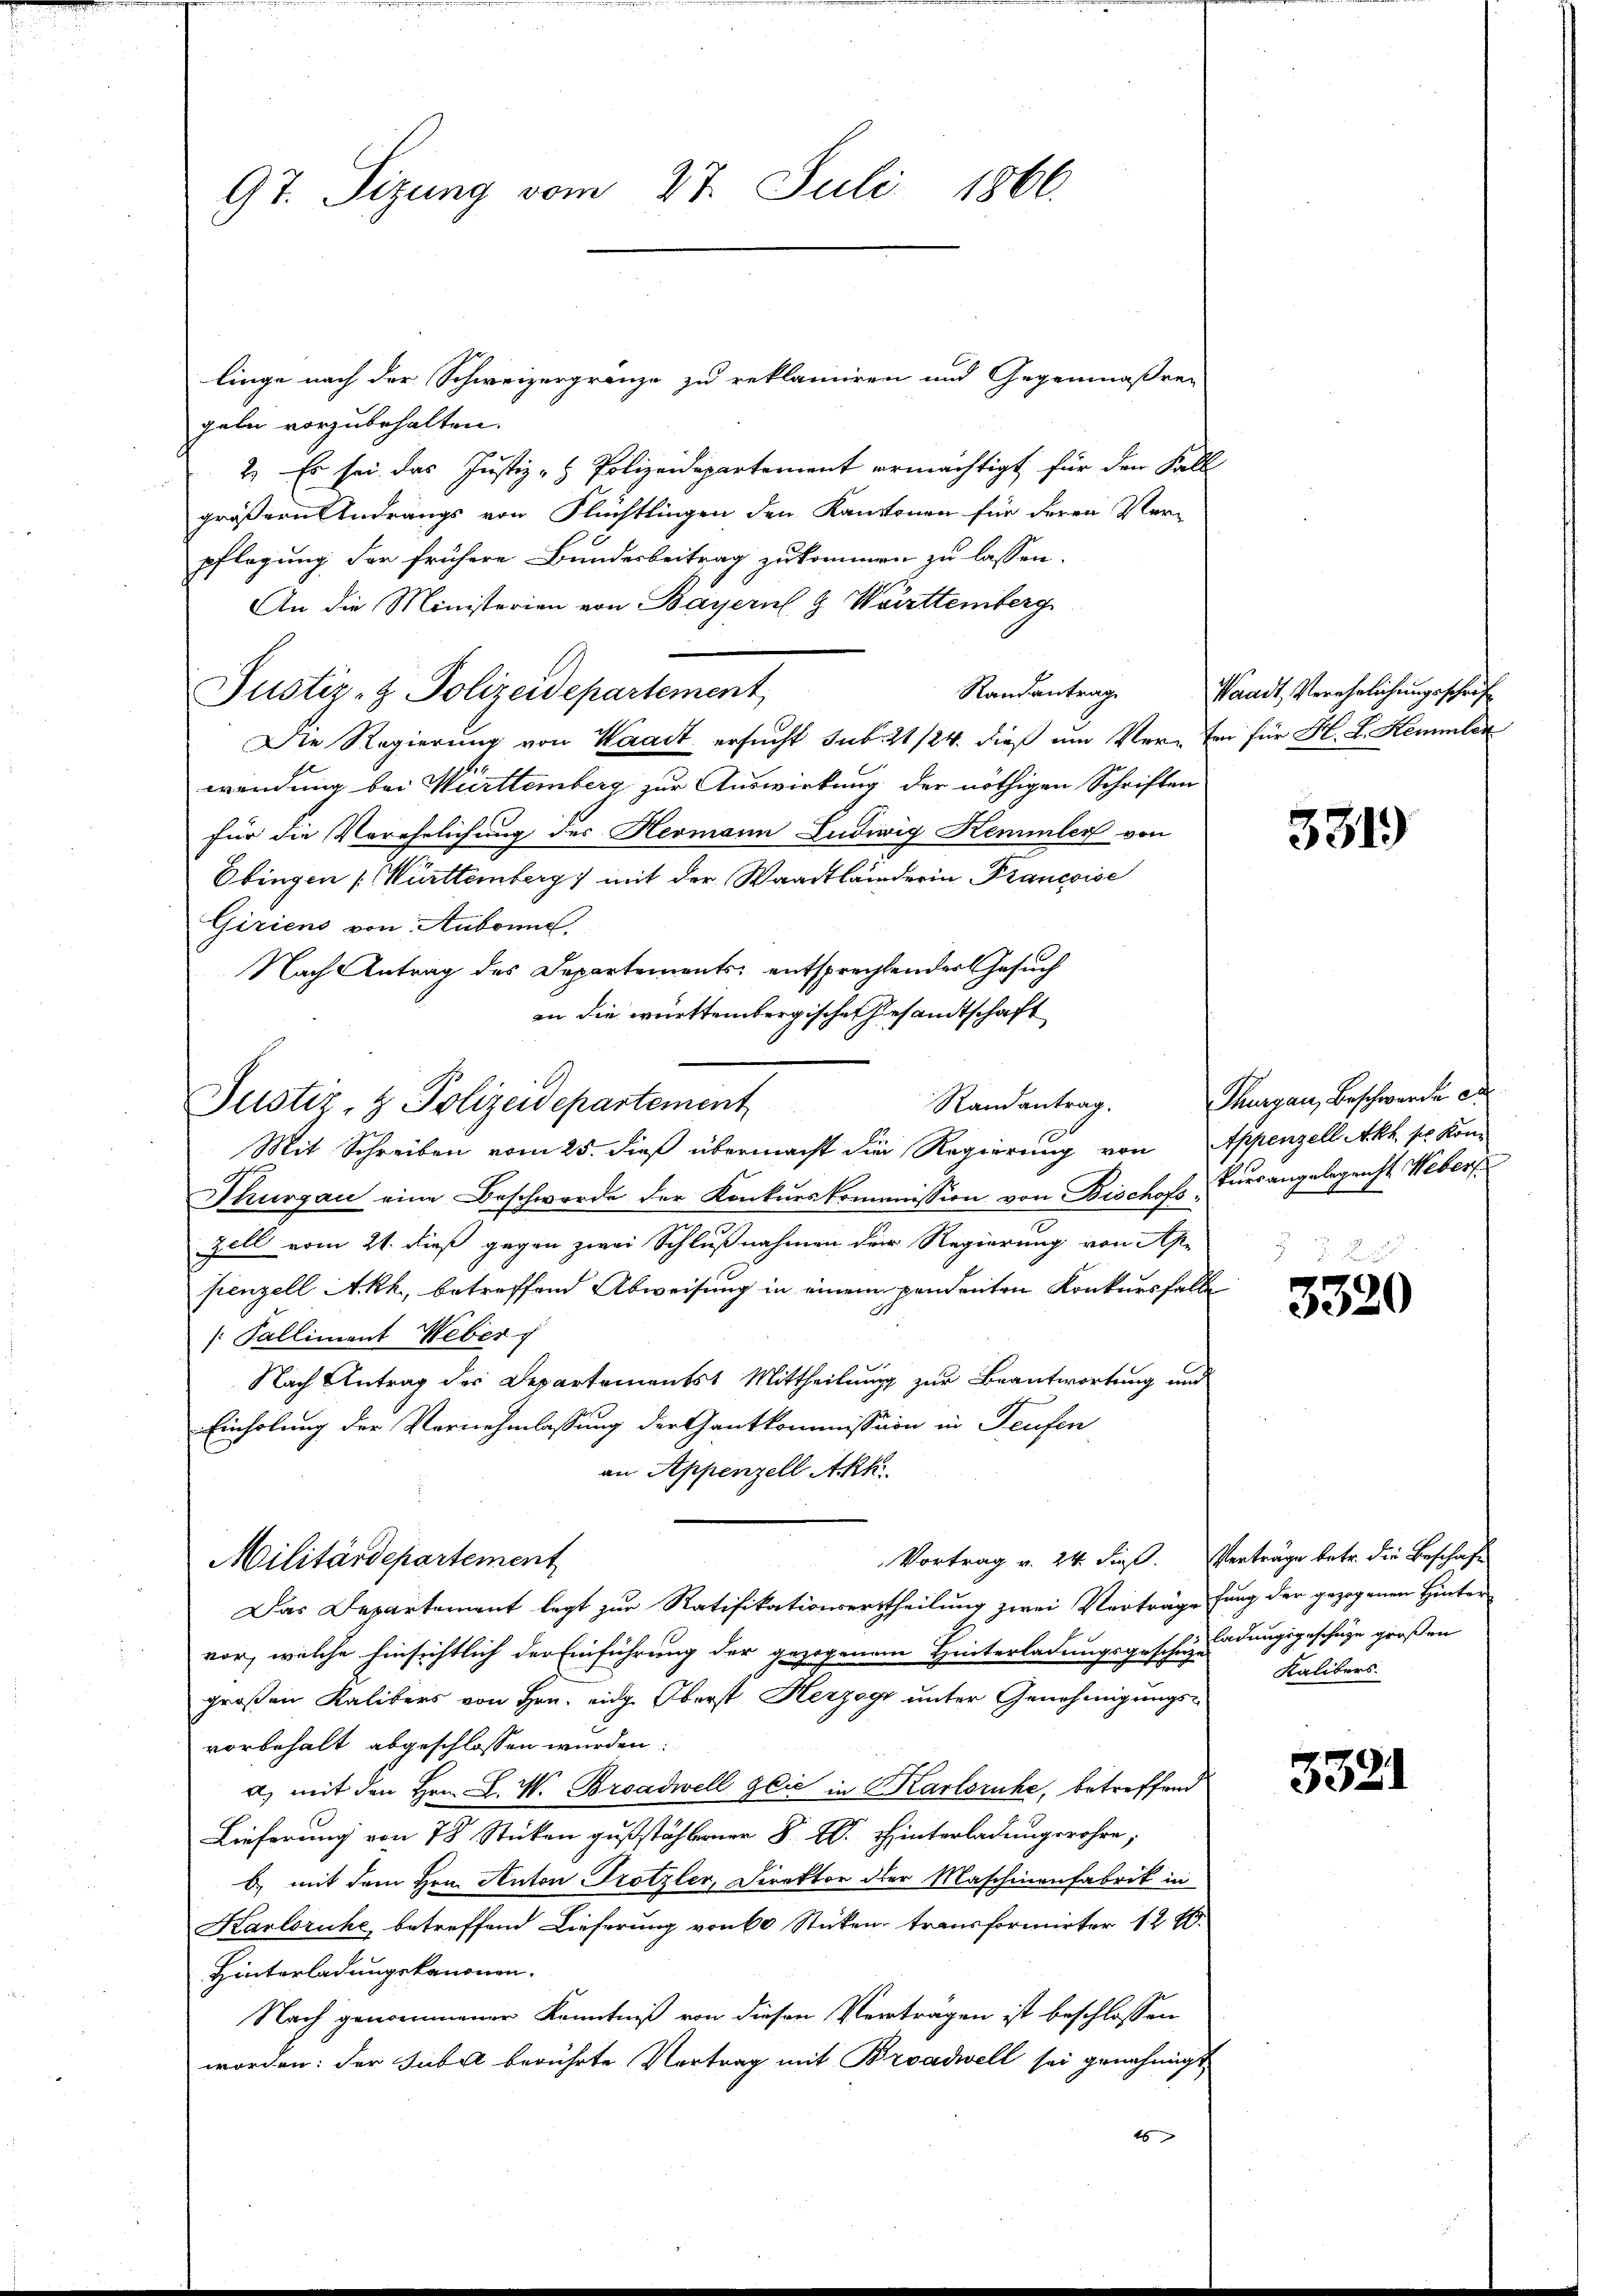
97. Sizung vom 27. Juli 1866.

Justiz- & Polizeidepartement

linge nach der Schweizergränze zu reklamiren und Gegenmäßren
geln vorzubehalten.
2.) Es sei das Justiz- & Polizeidepartement ermächtigt für den Fall
größern Andrängs von Flüchtlingen den Kantonen für deren Ver-
pflegung der frühere Bundesbeitrag zukommen zu lassen.
An die Ministerien von Bayern G. Württemberg
Randantrag
Justiz- & Polizeidepartement
Die Regierung von Waadt ersucht sub. 21/24 dieß um Ver- Er für H. L. Stemmler
wendung bei Württemberg zur Auswirkung der nöthigen Schriften
für die Verehelichung des Hermann Ludwig Kemmler von
Ebingen Württemberg mit der Waadtländerin Francoise
Giriens von Aubonne.
Nach Antrag des Departements, entsprechtender Gesuch
an die württembergischen Gesandtschaft
Randantrag.
Mit Schreiben vom 25. dieß übermacht die Regierung von Appenzell Akh so kom
Thurgau eine Beschwerde der Konkurskommission von Bischofs, Euerangelegenst Weber
Zell vom 21. dieß gegen zwei Schlußnahmen der Regierung von Ap-
penzell Akh, betreffend Abweisung in einem pendenten Konkursfalle
/: Palliment Weber
Nach Antrag des Departementst Mittheilung zur Beantwortung und
Einholung der Vernehmlassung der Gantkommission in Teufen
an Appenzell Akk
Vortrag v. 24. dieß. Verträge betr. die Beschaft
Militärdepartement
Das Departement legt zur Ratifikationsertheilung zwei Verträge fung der gezogenen Hinter
vor, welche hinsichtlich der Einführung der gezogenem Hinterladungsgeschindungsgeschüze großen
großen Kalibers von Hrn. eidg. Oberst Herzog unter Genehmigungsvorbehalt abgeschlossen wurden:
a, mit den Hrn. L. W. Broadwell Glić in Karlsruhe, betreffend
Lieferung von 78 Stücken gußstählerner §. W. Hinterladungsrohre;
b) mit dem Hrn. Anton Trotzler, Direktor der Maschinenfabrik in
Karlsruhe, betreffend Lieferung von 60 Stücken transformirter 12 t.
Hinterladungskanonen.
Nach genommener Kenntniß von diesen Vertragen ist beschlossen
worden: der Jubel berührte Vertrag mit Broadwell sei genehmigt
46

Waadt, Verehelichungsschrift

3319

Thurgau, Beschwerde de

3320

Kalibers

3321